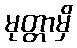
မုတ္တာမှိ